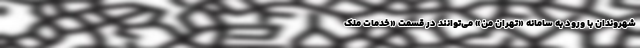
شهروندان با ورود به سامانه «تهران من» می‌توانند در قسمت «خدمات ملک